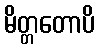
မိတ္တတောပိ